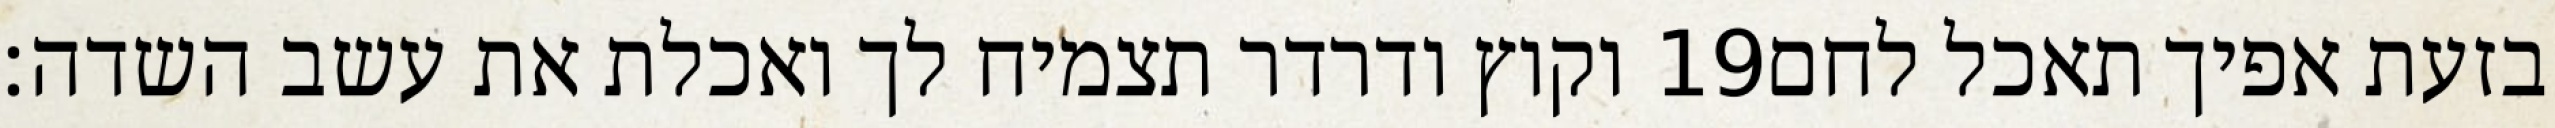
וקוץ ודרדר תצמיח לך ואכלת את עשב השדה׃ ‎19‏ בזעת אפיך תאכל לחם